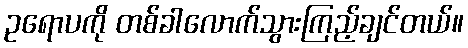
ဥရောပကို တစ်ခါလောက်သွားကြည့်ချင်တယ်။